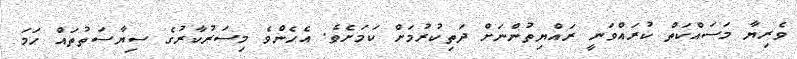
ވެރިޔާ މަސައްކަތް ކުރައްވަނީ ރައްޔިތުންނަށް ދަތިކުރުމަށް ކަމަށެވެ. އެހެންވެ މިސަރުކާރުގެ ސިޔާސަތުތައް ހަމަ